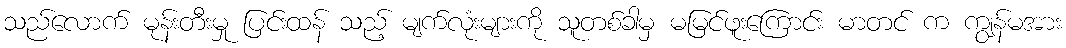
သည်လောက် မုန်းတီးမှု ပြင်းထန် သည့် မျက်လုံးများကို သူတစ်ခါမှ မမြင်ဖူးကြောင်း မာတင် က ကျွန်မအား